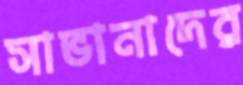
সাভানাদের